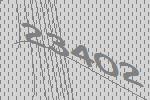
23402